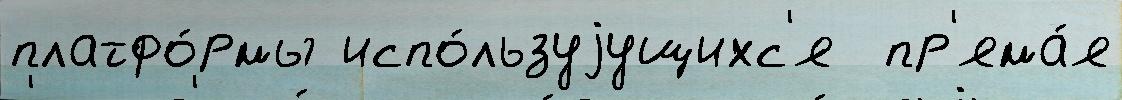
платфо́рмы испо́льзуjущихс'я  пр'яма́я